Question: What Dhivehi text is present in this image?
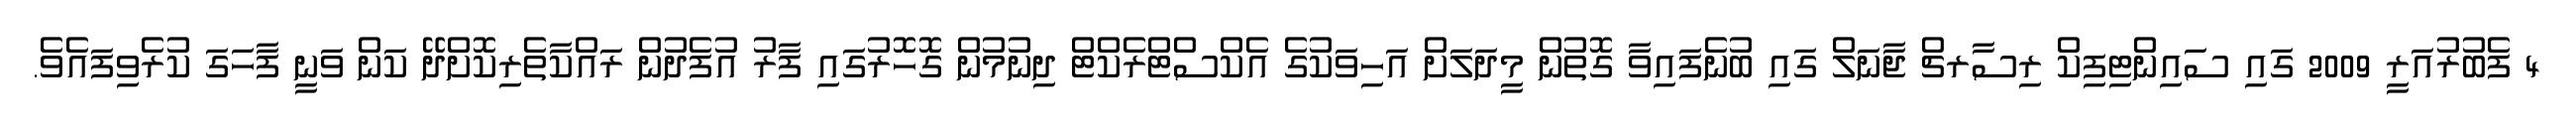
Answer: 4 ފެބުރުއަރީ 2009 ގައި ސައިންޓިފިކް ރިސާރޗް ޖާނަލް ގައި ބުނެފައިވާ ގޮތުން މީދަލަށް އަހިވަކުގެ އެކްސްޓްރެކްޓް ދިނުމުން ގޮހޮރުގައި ފާރު އުފެދުން ރައްކާތެރިކޮށްދޭ ކަން ވަނީ ފާހަގަ ކުރެވިފައެވެ.